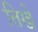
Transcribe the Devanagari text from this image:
तिखे